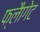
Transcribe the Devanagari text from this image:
फ्लैागेट